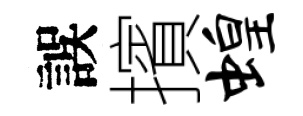
誤擯蝗